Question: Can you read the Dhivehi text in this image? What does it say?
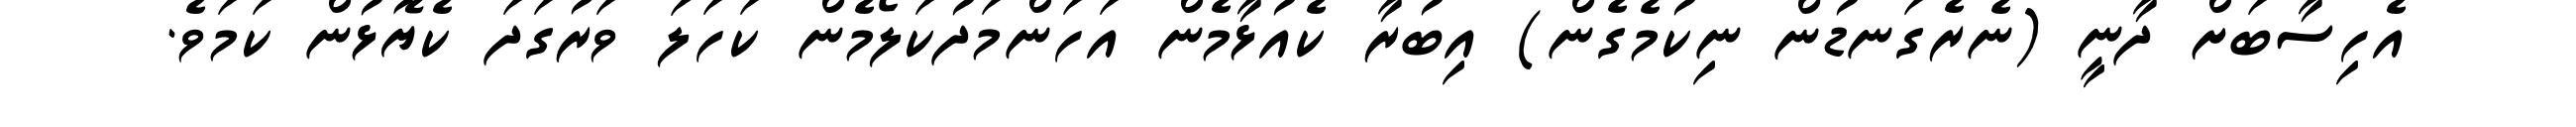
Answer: އެހިސާބަށް ދާނީ (ނެރެގަނޑުން ނިކުމެގެން) އިބުރާ ކެއުޅާމެން އަހަންމަދުކަލޯމެން ކަހަލަ ވަރުގަދަ ކެޔޮޅުން ކަމަވެ.